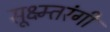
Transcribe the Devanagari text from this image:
सूक्ष्म्तरंगी